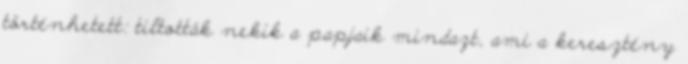
történhetett: tiltották nekik a papjaik mindazt, ami a keresztény